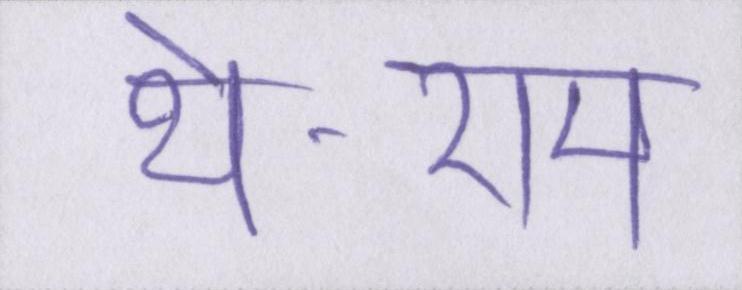
थे-राम